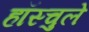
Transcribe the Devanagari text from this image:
हॉस्चुले